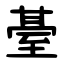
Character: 䑓